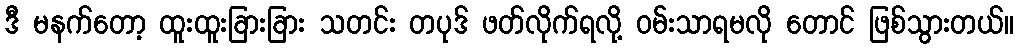
ဒီ မနက်တော့ ထူးထူးခြားခြား သတင်း တပုဒ် ဖတ်လိုက်ရလို့ ဝမ်းသာရမလို တောင် ဖြစ်သွားတယ်။